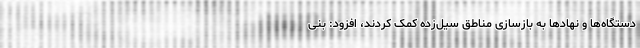
دستگاه‌ها و نهادها به بازسازی مناطق سیل‌زده کمک کردند، افزود: بنی